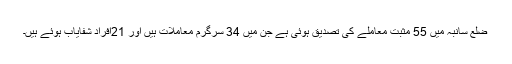
ضلع سانبہ میں 55 مثبت معاملے کی تصدیق ہوئی ہے جن میں 34 سرگرم معاملات ہیں اور 21اَفراد شفایاب ہوئے ہیں۔